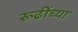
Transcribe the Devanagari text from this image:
रूढींच्या